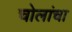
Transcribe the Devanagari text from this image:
चोलांचा